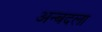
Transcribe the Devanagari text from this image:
अन्बदला